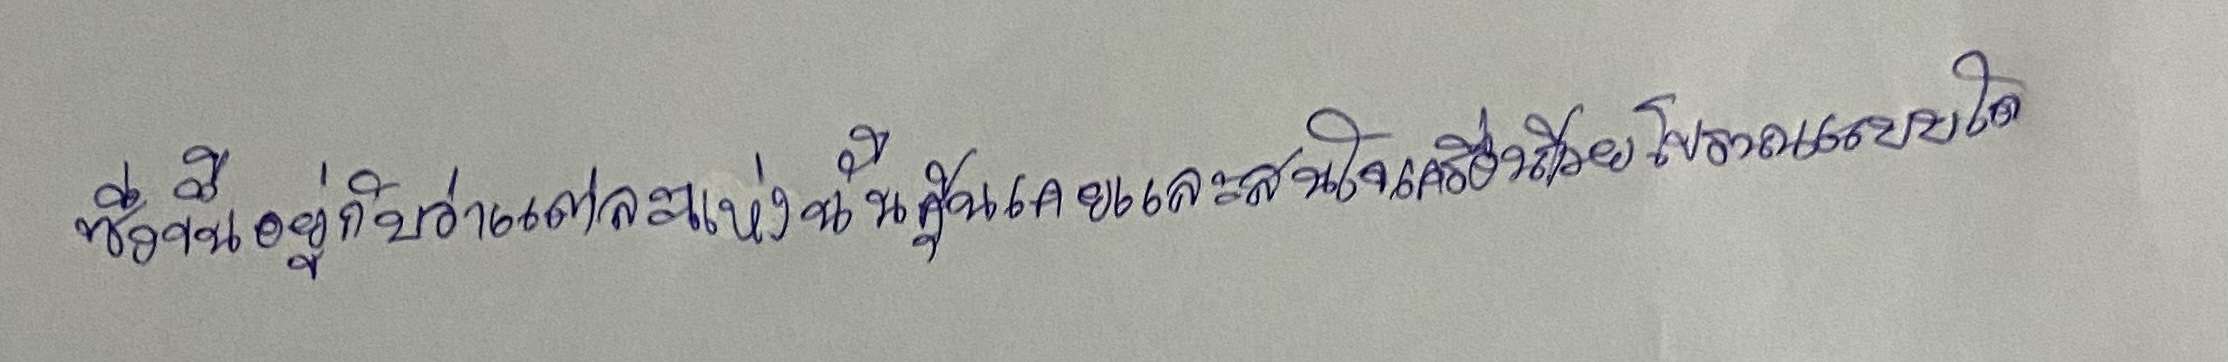
ซึ่งขึ้นอยู่กับว่าแต่ละแห่งนั้นคุ้นเคยและสนใจเครื่องถ้วยโบราณแบบใด